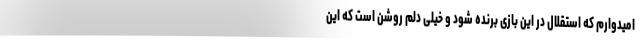
امیدوارم که استقلال در این بازی برنده شود و خیلی دلم روشن است که این